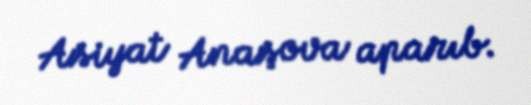
Asiyat Anaşova aparıb.